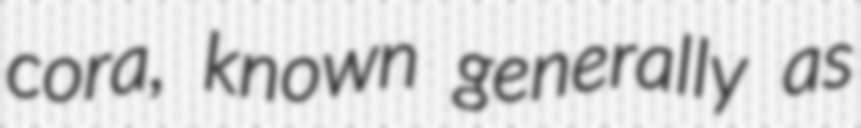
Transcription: cora, known generally as